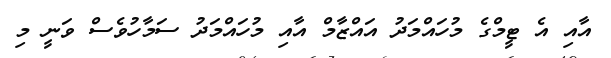
އާއި އެ ޓީމްގެ މުހައްމަދު އައްޒާމް އާއި މުހައްމަދު ސަމާހުވެސް ވަނީ މި